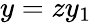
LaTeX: y=zy_{1}